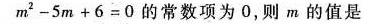
$$m ^ { 2 } - 5 m + 6 = 0$$的常数项为0，则m的值是